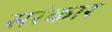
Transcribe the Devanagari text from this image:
सरंकार